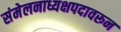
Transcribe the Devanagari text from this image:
संमेलनाध्यक्षपदावरून